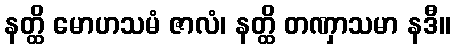
နတ္ထိ မောဟသမံ ဇာလံ၊ နတ္ထိ တဏှာသမာ နဒီ။